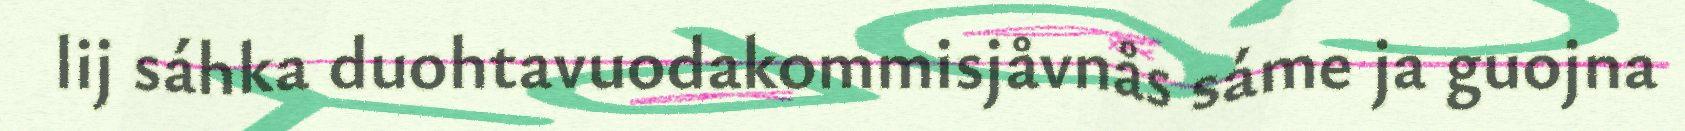
lij sáhka duohtavuodakommisjåvnås sáme ja guojna